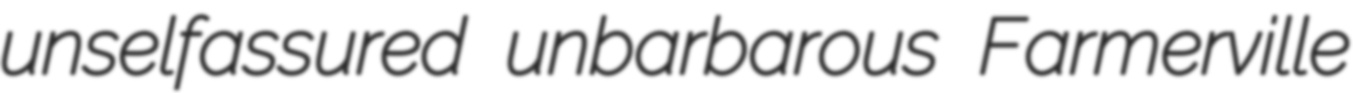
unselfassured unbarbarous Farmerville